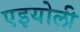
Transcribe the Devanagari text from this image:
एइयोली